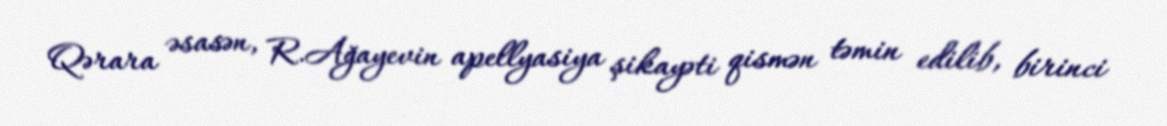
Qərara əsasən, R.Ağayevin apellyasiya şikayəti qismən təmin edilib, birinci